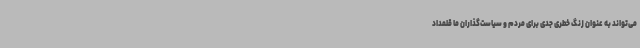
می‌تواند به عنوان زنگ خطری جدی برای مردم و سیاست‌گذاران ما قلمداد